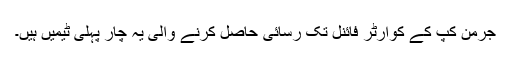
جرمن کپ کے کوارٹر فائنل تک رسائی حاصل کرنے والی یہ چار پہلی ٹیمیں ہیں۔